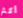
أكثر